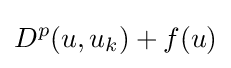
D^{p}(u,u_{k})+f(u)